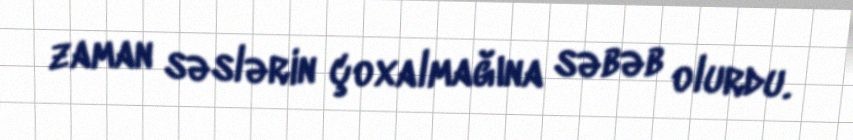
zaman səslərin çoxalmağına səbəb olurdu.